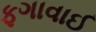
ફગાવાઈ